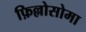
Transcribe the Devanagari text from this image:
फ़िल्लोसोमा